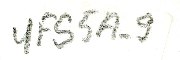
YFS5A-9